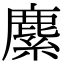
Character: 𦄐